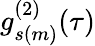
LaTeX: g_{s(m)}^{(2)}(\tau)